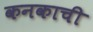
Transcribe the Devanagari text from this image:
कनकाची